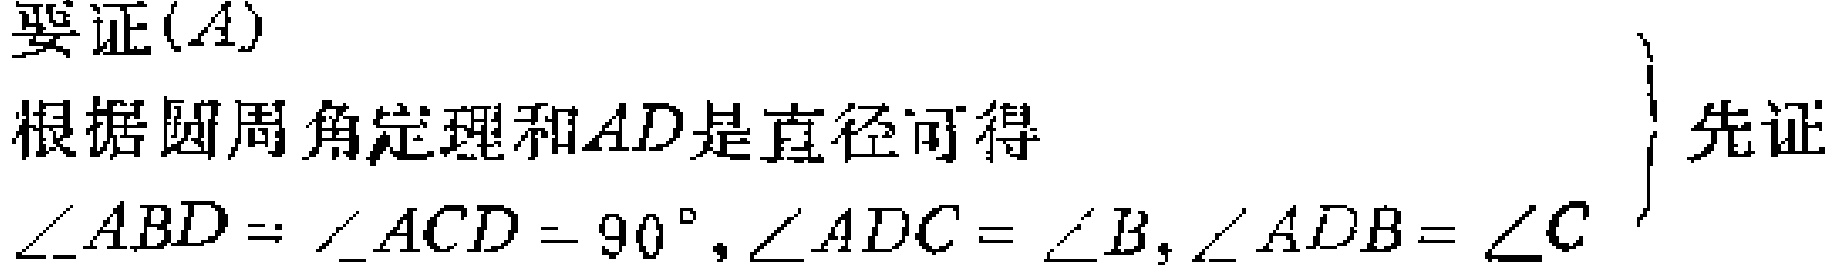
要证$(A)$

根据圆周角定理和$AD$是直径可得

$\left.\begin{array}{l}

\angle ABD = \angle ACD = 90^{\circ},\angle ADC = \angle B,\angle ADB = \angle C

\end{array}\right\}$先证